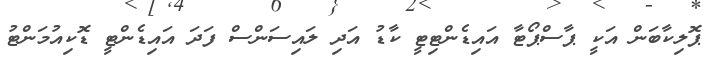
ޕޮލިކާބަން އަކީ ޕާސްޕޯޓާ އައިޑެންޓިޓީ ކާޑު އަދި ލައިސަންސް ފަދަ އައިޑެންޓީ ޑޮކިއުމަންޓު